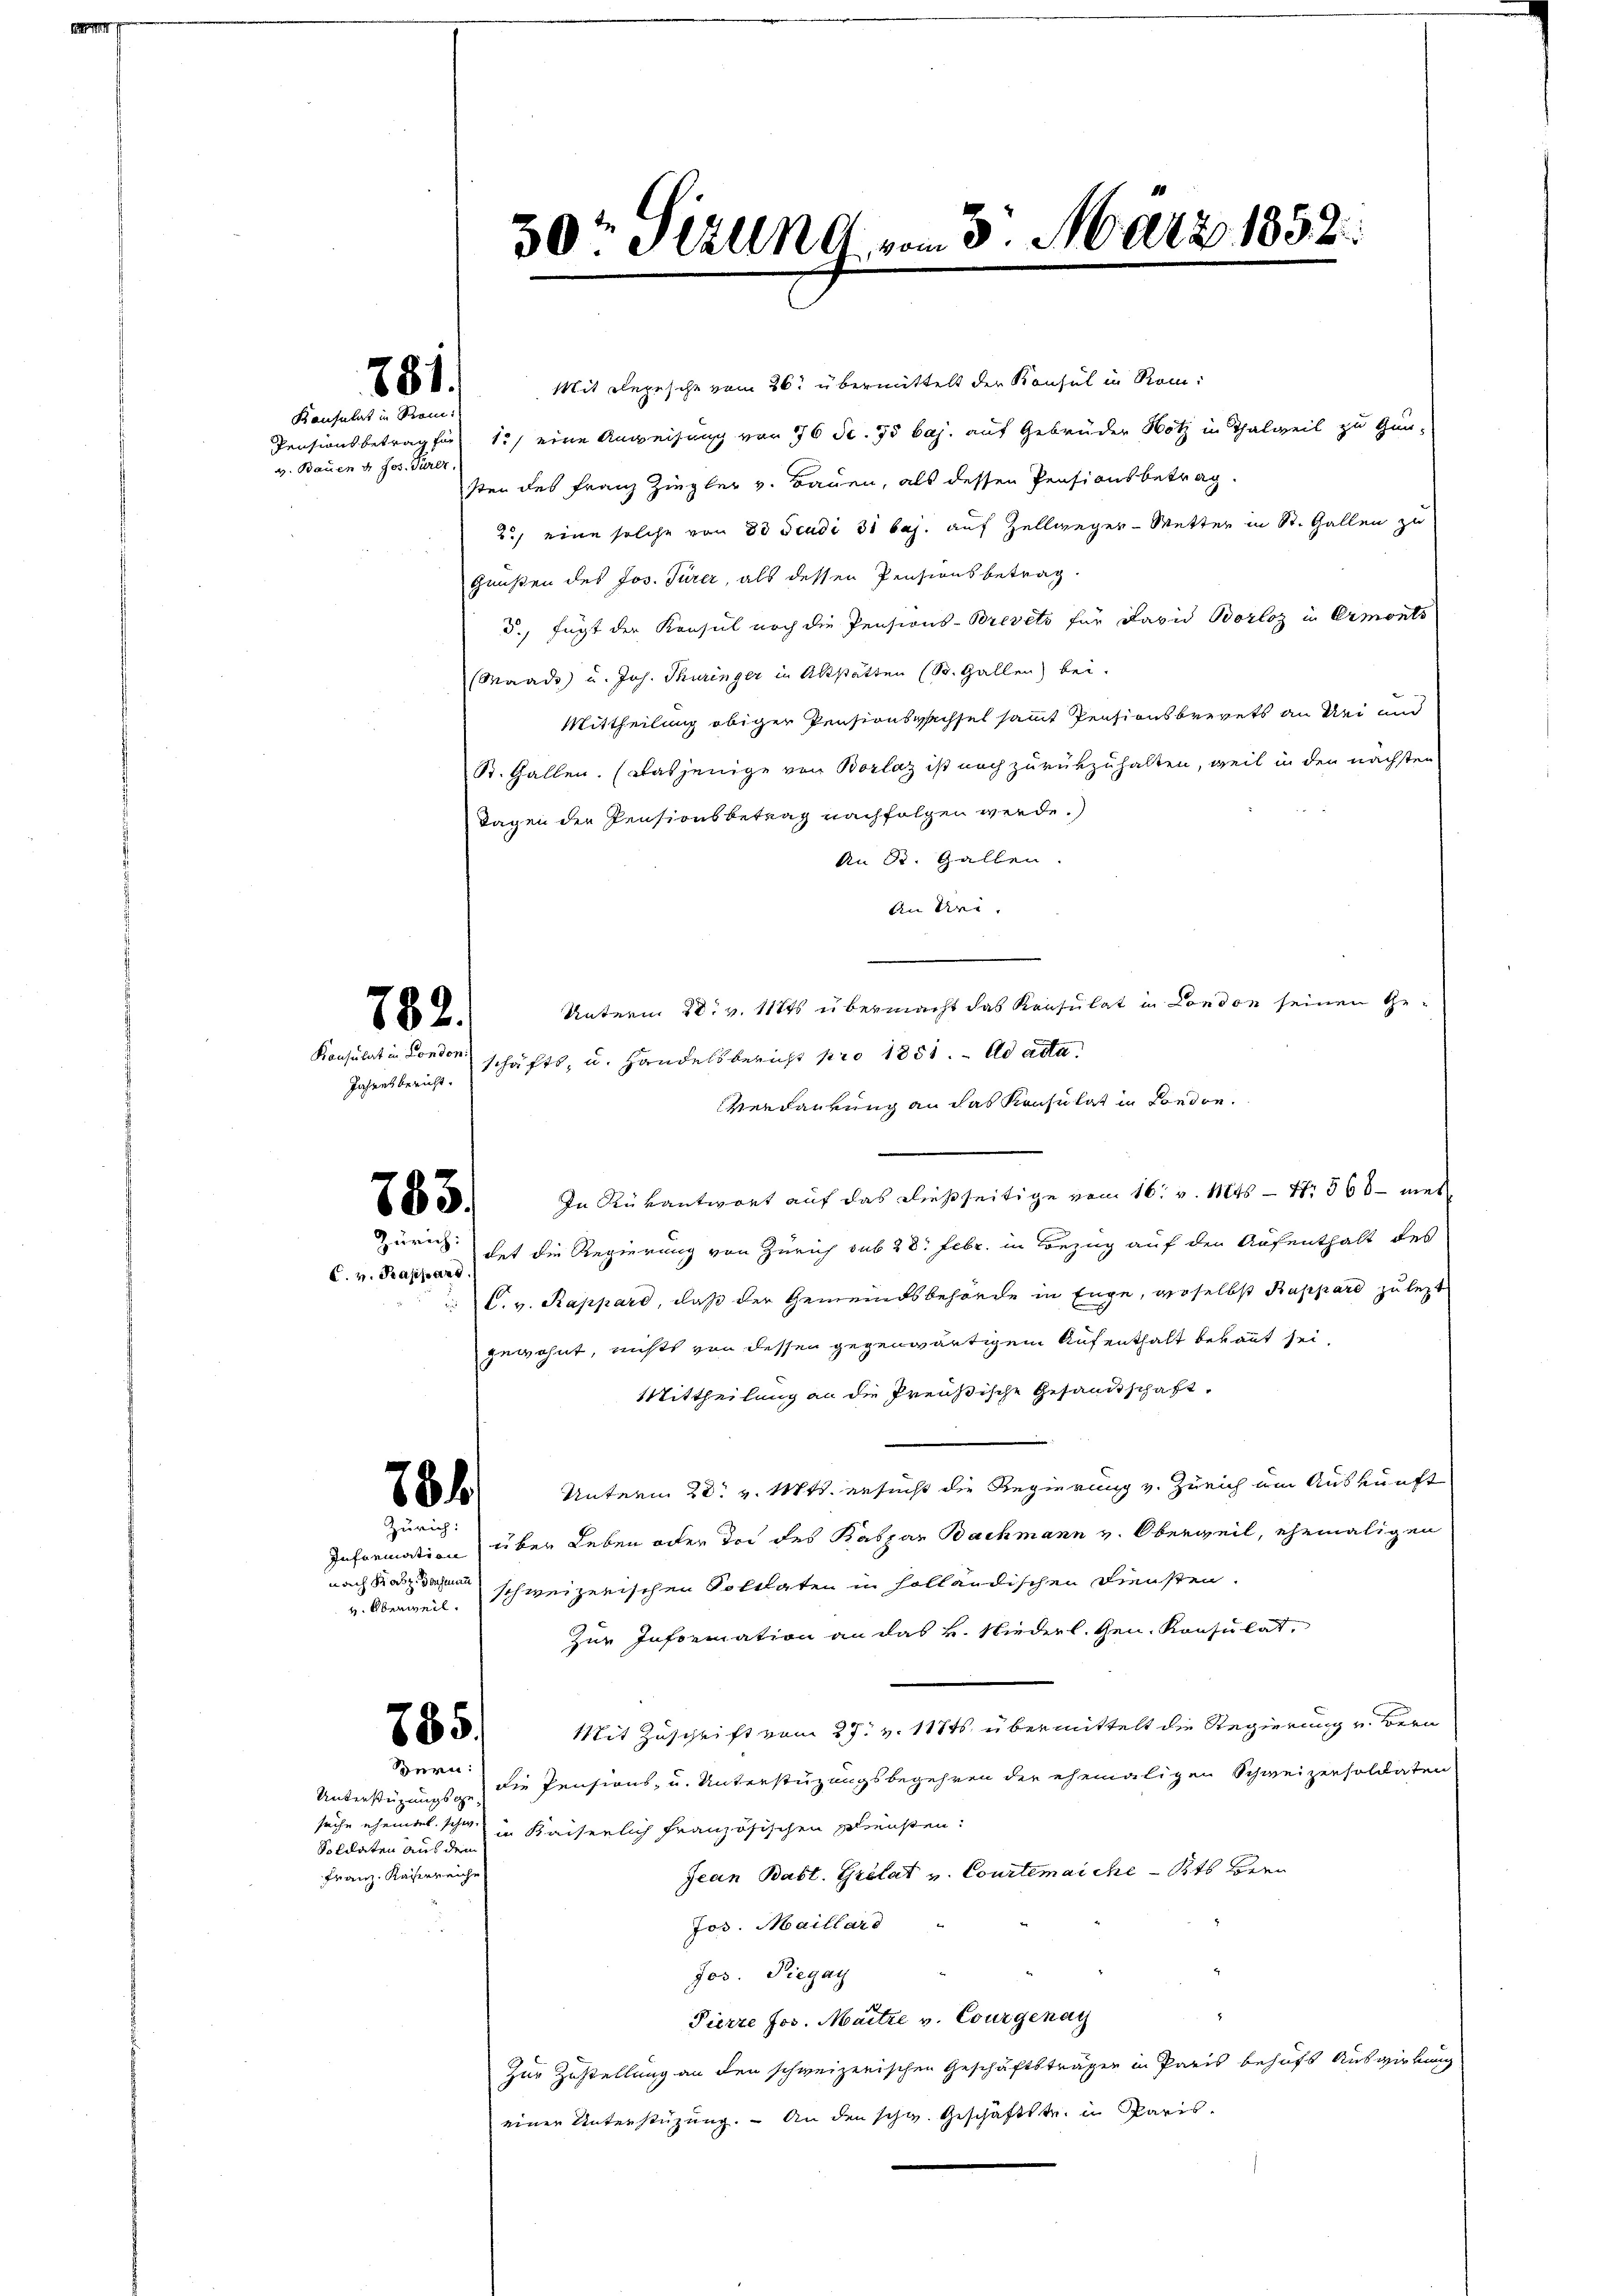
Konsulat in Rein:
v. Bauen d. Jos. Türer

881.

782.

Konsulat in London
Jahresbericht.

783.

C. v. Kassian

781.

835.

50. Still A. vom 3. März 1852.

Zürich:
nach Satz. Dochmann
. Überweil.

Unterstüzungsge¬
Solilaten aus dem
Franz. Kaiserreich

Mit Depesche vom 26t übermittelt der Konsul in Rom.
Pensionsbetrag für 1) eine Anweisung von 76 dc. 75 baj. auf Gebrüder Hotz in Thalweil zu Gun-
sten des Franz Ziegler v. Bauen, als dessen Pensionsbetrag.
2.) eine solche von 80 Scudi 31 bej. auf Zellweger-Metter in St. Gallen zu
Grüßen des Jos. Türer, als dessen Pensionsbetrag.
5., fügt der Konsul noch die Pensions-Brevets für David Borloz in Ermonts
(Waadt u. Jos. Thüringer in Abstätten (St. Gallen bei.
Mittheilung obiger Pensionswechsel sammt Pensionsbrevets an Sei und
St. Gallen. (Dasjenige von Borlaz ist noch zurükzuhalten, weil in den nächsten
Tagen der Pensionsbetrag nachfolgen werde.
An St. Gallen.
An Ure.
Unterm 28. v. 1171 übermacht das Konsulat in London seinen Geschäfts, u. Handelsbericht pro 1851. ad acta
Verdaurung an das Konsulat in London.
In Rükantwort auf das dießseitige vom 16. v. Mts. — N. 566 – mit
Zürich des die Regierung von Zürich sub 28. Febr. in Bezug auf den Aufenthalt des
C. v. Rappard, daß der Gemeindsbehörde in Enge, woselbst Rappard zu letzt
gewohnt, nichts von dessen gegenwärtigem Aufenthalt bekannt sei,
Mittheilung an die Preußische Gesandtschaft,
Unterm 28. v. Mts. ersucht die Regierung v. Zürich um Auskunft
Information über Leben oder der des Kaspar Bachmann v. Oberweil, ehemaligen
schweizerischen Soldaten in holländischen Diensten.
zur Information an das v. Niederl. Gen. Konsulat,
Mit Zuschrift vom 27. v. 118ts übermittelt die Regierung u. Bern
Spern die Pensions- u. Unterstüzungsbegehren der ehemaligen Schweizersoldaten
sache ehemal sche in Kaiserlich französischen Schreisten:
Jean Babt. Grölat u. Courtenaiche Kts Bern
Jos. Maillard
Jos. Diegay
Pierre Jos. Maitre v. Courgenay
Zur Zustellung an den schweizerischen Geschäftsträgen in Paris behufs Auswirkung
einer Unterstüzung. – An den schw. Geschäftstr. in Paris